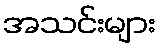
အသင်းများ